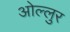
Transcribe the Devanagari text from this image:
ओल्लुर